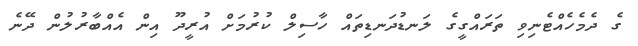
ގެ ދެމެހެއްޓެނިވި ތަރައްގީގެ ލަނޑުދަނޑިތައް ހާސިލް ކުރުމަށް އުރީދޫ އިން އެއްބާރުލުން ދޭނެ